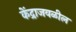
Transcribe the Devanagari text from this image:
केंद्राजवळील